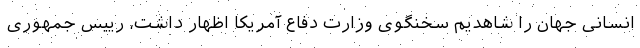
انسانی جهان را شاهدیم سخنگوی وزارت دفاع آمریکا اظهار داشت، رییس جمهوری